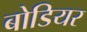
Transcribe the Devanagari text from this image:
बोडियर